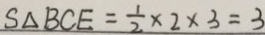
S _ { \Delta B C E } = \frac { 1 } { 2 } \times 2 \times 3 = 3